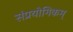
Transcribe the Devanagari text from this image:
संप्रयोगिकम्